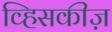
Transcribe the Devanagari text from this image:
व्हिसकीज़